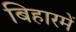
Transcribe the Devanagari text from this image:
बिहारमें